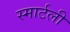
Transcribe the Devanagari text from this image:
स्मार्टली